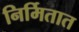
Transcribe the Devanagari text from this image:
निर्मितात